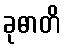
ခုဓာတိ